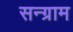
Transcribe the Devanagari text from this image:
सन्ग्राम